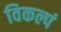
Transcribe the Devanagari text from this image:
विकल्पं